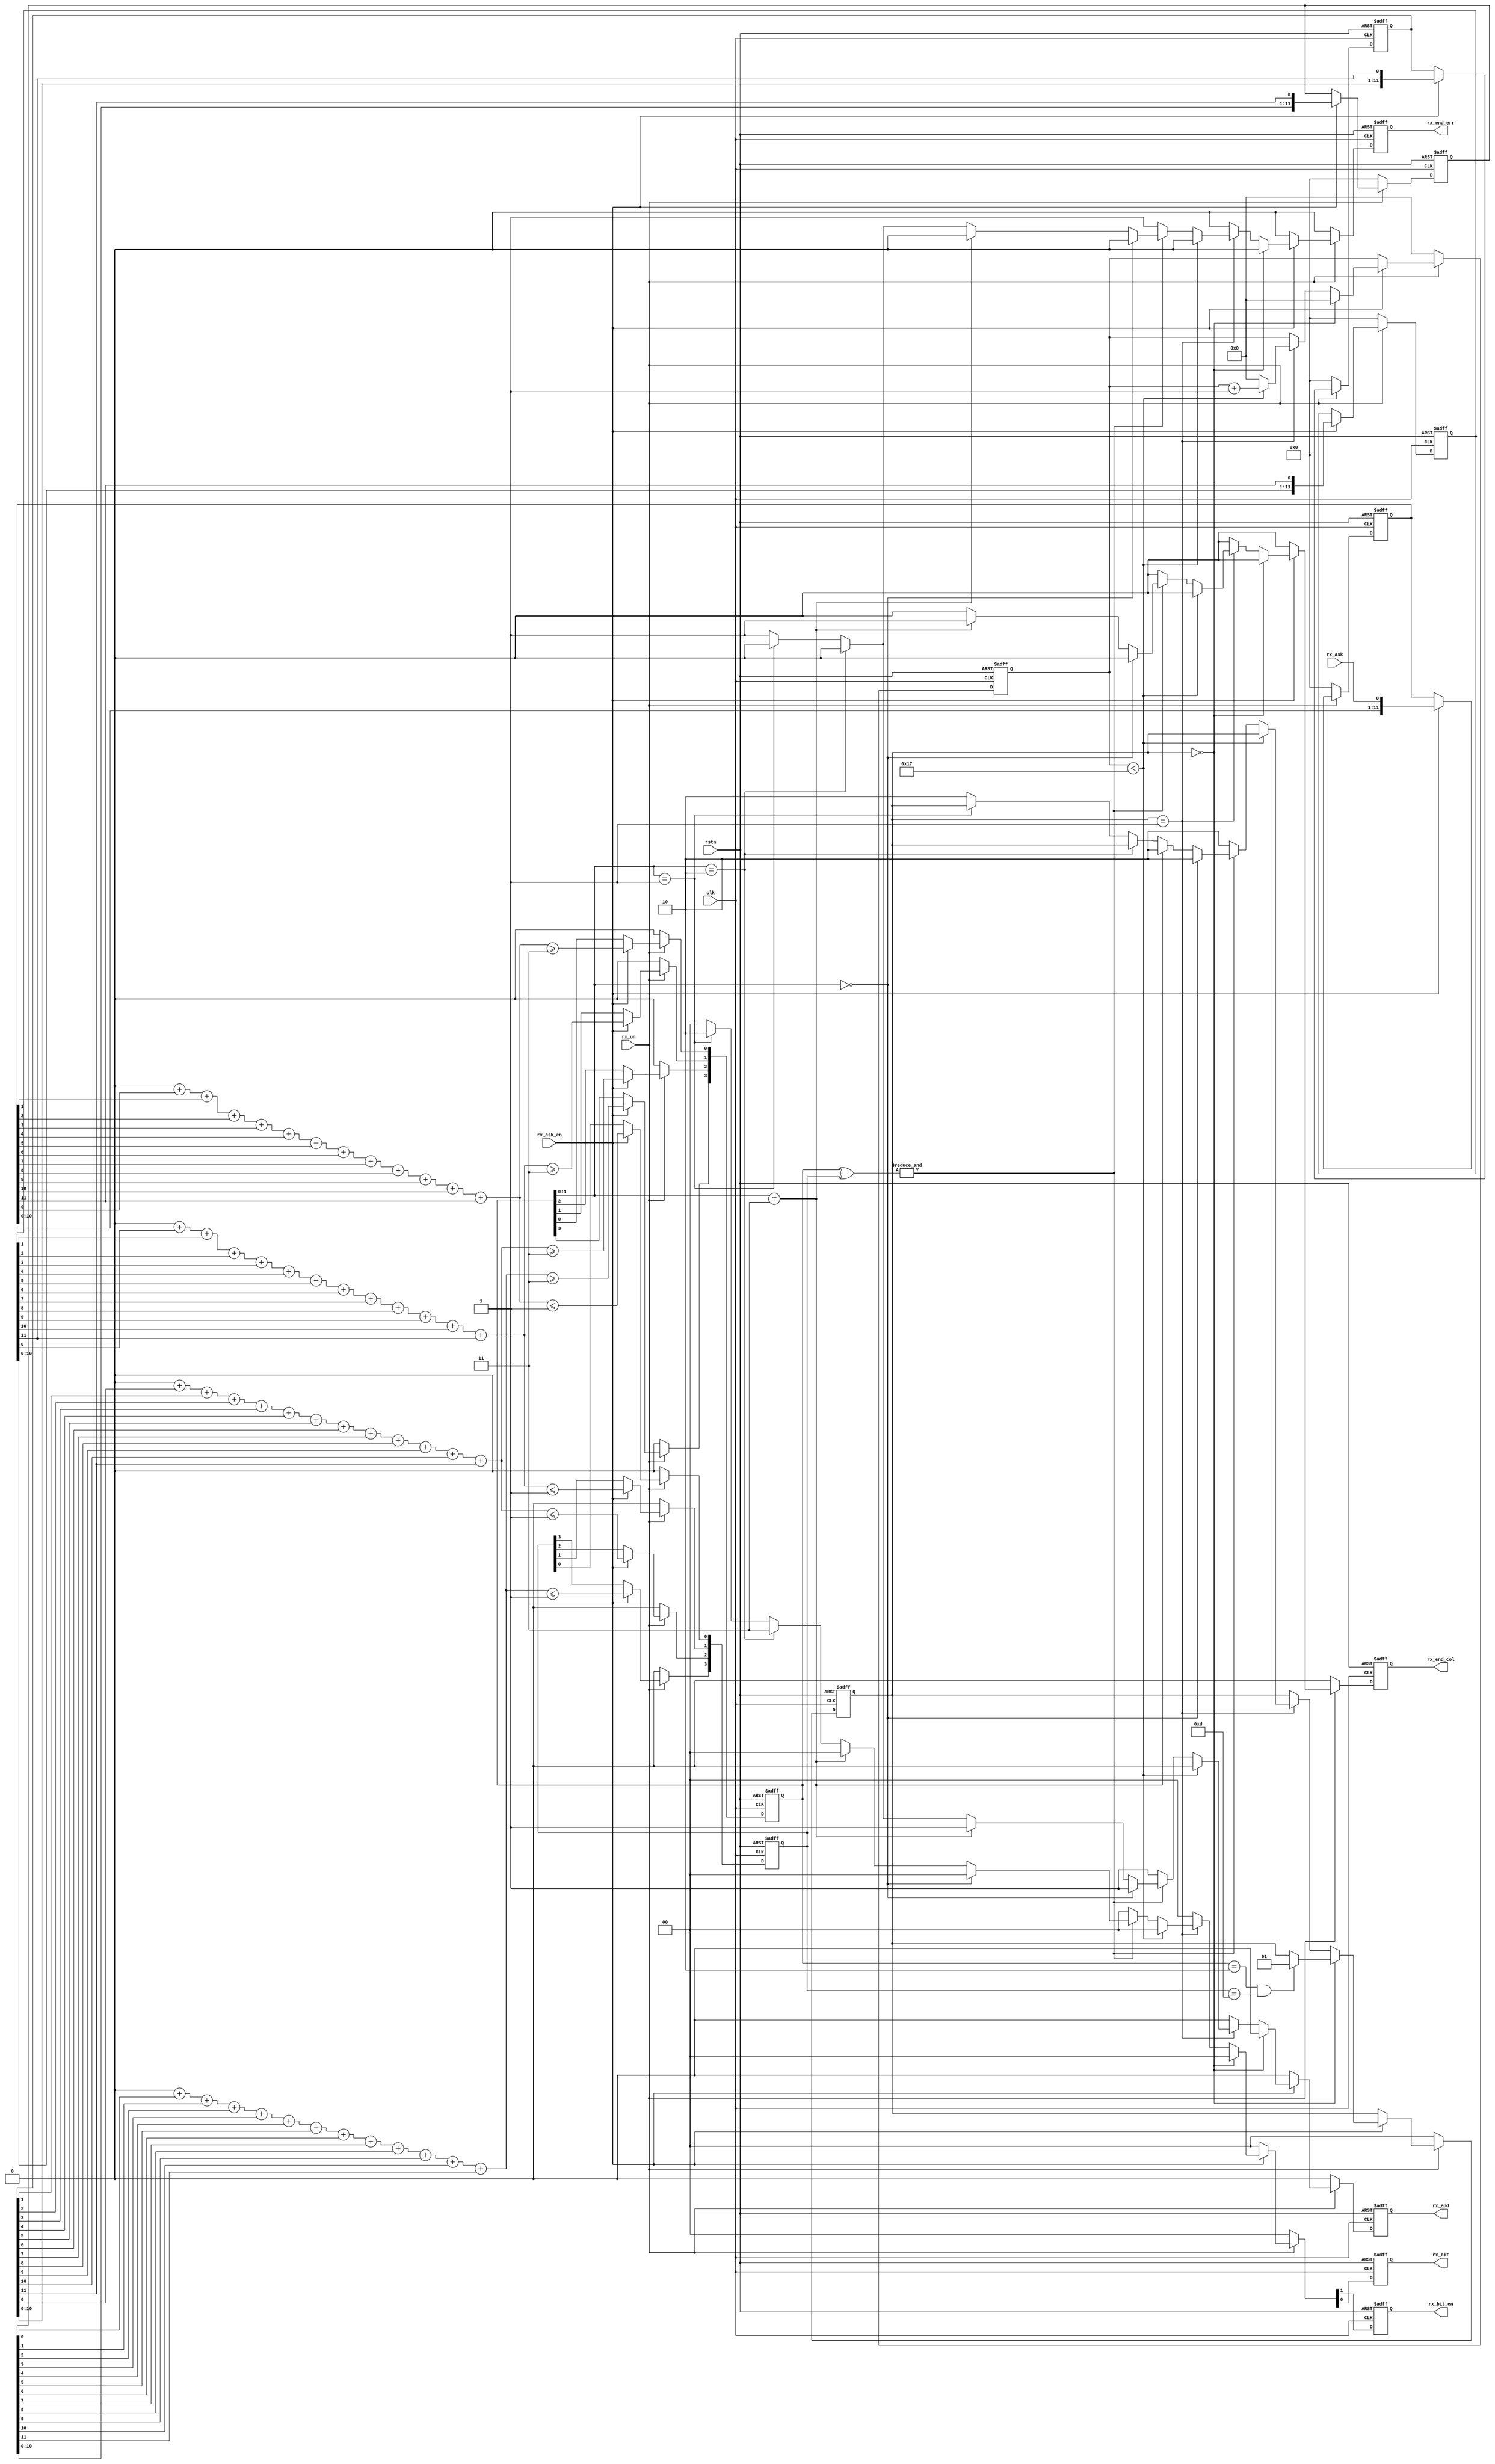
/*
    bit01
    rx_ask1100
    82%~10%ASKbit
    bit105.9375kbps
*/

module nfca_rx_tobits(
    input wire rstn,
    input wire clk,

    input wire rx_on, // 0:off, 1:on;on

    // nfca_rx_dsp2.5425 Mbps2.5425Mbps = 3 * 847.5kbps = 24 * 105.9375kbps
    input wire rx_ask_en,
    input wire rx_ask,

    // RX bit parsed105.9375 kbps base-bandtobytes
    output reg rx_bit_en, // rx_bitrx_bit
    output reg rx_bit,    // SStart of communicationE(End of communication)dsp
    output reg rx_end,    // E
    output reg rx_end_col,// rx_end==1
    output reg rx_end_err // ISO14443-APICCrx_end==1
);

// 0
initial {rx_bit_en, rx_bit, rx_end, rx_end_err, rx_end_col} = 0;

reg [ 3:0] detect_zeros = 0; // 
reg [ 3:0] detect_ones  = 0; // 
// 12rx_ask 1/2bit
reg [11:0] shift0 = 0;
reg [11:0] shift1 = 0;
reg [11:0] shift2 = 0;
reg [11:0] shift3 = 0;
reg [ 4:0] cnt = 0; // 

localparam [1:0] IDLE  = 2'd0,
                 PARSE = 2'd1,
                 STOP  = 2'd2;

reg [1:0] status = IDLE;

reg [3:0] sum [0:3]; // sum[i][0,12]

integer i, j;

// bit
always @(posedge clk or negedge rstn)
    if(~rstn) begin
        detect_zeros <= 0;
        detect_ones  <= 0;
        {shift3, shift2, shift1, shift0} <= 0;
    end else begin
        if(~rx_on) begin // 
            detect_zeros <= 0;
            detect_ones  <= 0;
            {shift3, shift2, shift1, shift0} <= 0;
        end else if(rx_ask_en) begin // dsp
            // 1.sum0
            for(i=0; i < 4; i=i+1) sum[i]=0;

            // 2.sum[i]shift ishifti1[0,12]
            for(i=0; i < 12; i=i+1) begin
                sum[0] = sum[0] + {3'd0, shift0[i]};
                sum[1] = sum[1] + {3'd0, shift1[i]};
                sum[2] = sum[2] + {3'd0, shift2[i]};
                sum[3] = sum[3] + {3'd0, shift3[i]};
            end

            for(j=0; j < 4; j=j+1) begin
                detect_ones[j] <= sum[j] >= 4'd3;   // 1/2it1>=311/2bit1
                detect_zeros[j] <= sum[j] <= 4'd1;  // 1/2bit0<=101/2bit0
            end

            {shift3, shift2, shift1, shift0} <= {shift3[10:0], shift2, shift1, shift0, rx_ask}; // 4*12bit
        end
    end

// 
always @(posedge clk or negedge rstn)
    if(~rstn) begin
        {rx_bit_en, rx_bit, rx_end, rx_end_err, rx_end_col} <= 0;
        cnt <= 0;
        status <= IDLE; 
    end else begin
        {rx_bit_en, rx_bit, rx_end, rx_end_err, rx_end_col} <= 0;

        if(~rx_on) begin                            // 
            cnt <= 0;
            status <= IDLE;                         // 
        end else if (rx_ask_en) begin               // PICC-to-PCD
            if (status == IDLE) begin

                cnt <= 0;
                if(detect_ones == 4'b0010 && detect_zeros == 4'b1101)           // start of communication (S)
                    status <= PARSE;

            end else if (status == PARSE) begin

                if(cnt < 5'd23)                     // 24105.9375kHz
                    cnt <= cnt + 5'd1;
                else begin
                    cnt <= 0;
                    if     (~(&(detect_ones^detect_zeros))) begin                // noise
                    /*
                        detect_onesdetect_zeros'0'
                         3  1 
                    */

                        {rx_end, rx_end_err} <= 2'b11;
                        status <= STOP;                                          // 
                    end else if (detect_ones[1:0] == 2'b00) begin                // end of communication (E)
                        rx_end <= 1'b1;
                        status <= STOP;
                    end else if (detect_ones[1:0] == 2'b11) begin                // collisionbit1
                        {rx_end, rx_end_col} <= 2'b11;
                        status <= STOP;
                    end else if (detect_ones[1:0] == 2'b10) begin                // logic '1'
                        {rx_bit_en, rx_bit} <= 2'b11;
                    end else if (detect_ones[1:0] == 2'b01) begin                // logic '0'
                        {rx_bit_en, rx_bit} <= 2'b10;
                    end else begin
                        {rx_end, rx_end_err} <= 2'b11;
                        status <= STOP;
                    end
                end
            end
        end
    end

endmodule